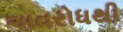
અવરોધથી